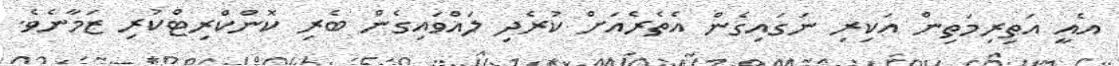
އެއީ އަތިރިމަތިން އަކިރި ނަގައިގެން އެތެރެއަށް ކުރެދި ލައްވައިގެން ބެރި ކޮންކްރިޓްކުރި ޒަމާނެވެ.